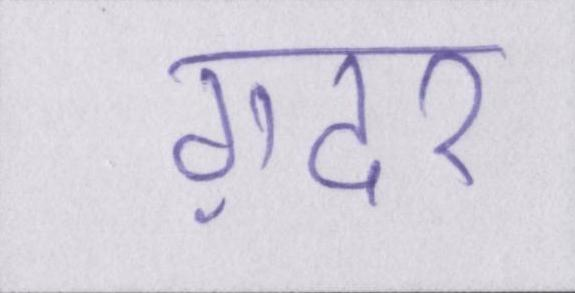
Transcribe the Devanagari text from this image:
ग़दर